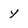
Character: y